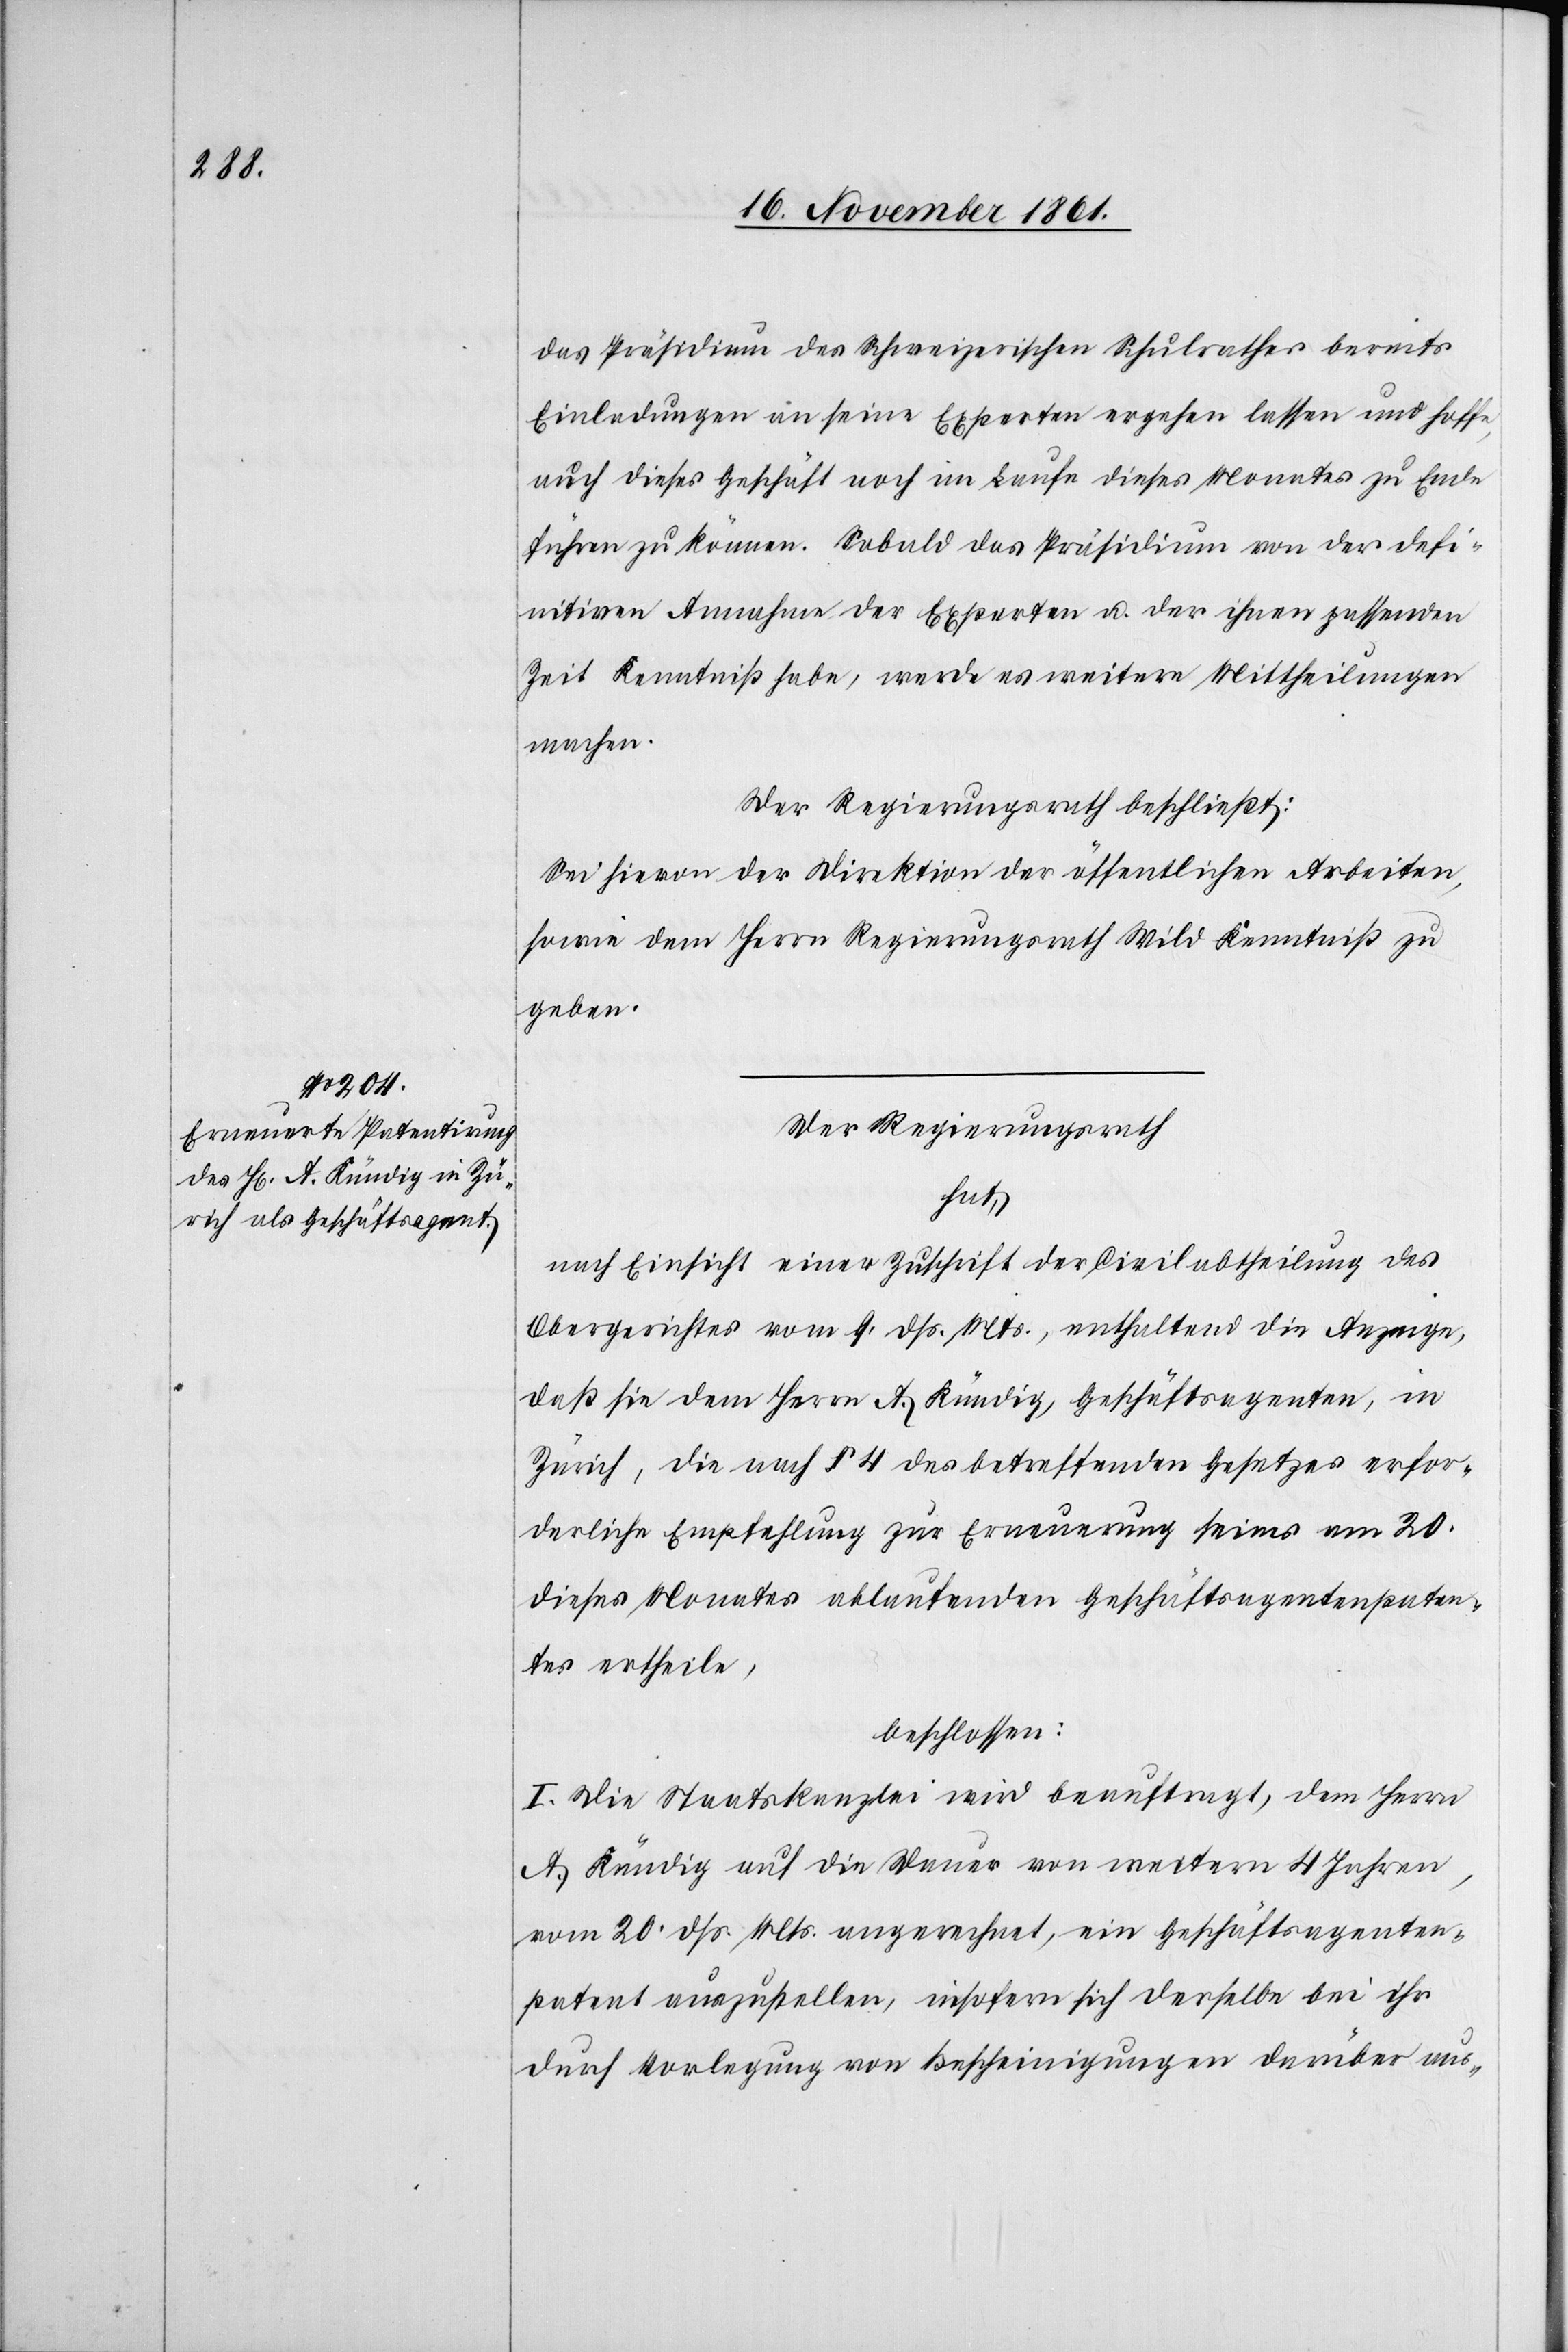
das Präsidium des Schweizerischen Schulrathes bereits
Einladungen an seine Experten ergehen lassen und hoffe,
auch dieses Geschäft noch im Laufe dieses Monates zu Ende
führen zu können. Sobald das Präsidium von der defi¬
nitiven Annahme der Experten u. der ihnen passenden
Zeit Kenntniß habe, werde es weitere Mittheilungen
machen.
Der Regierungsrath beschließt:
Sei hievon der Direktion der öffentlichen Arbeiten,
sowie dem Herrn Regierungsrath Wild Kenntniß zu
geben.
Der Regierungsrath
hat,
nach Einsicht einer Zuschrift der Civilabtheilung des
Obergerichtes vom 9 dß. Mts., enthaltend die Anzeige,
daß sie dem Herrn A. Kündig, Geschäftsagenten, in
Zürich, die nach § 4 des betreffenden Gesetzes erfor¬
derliche Empfehlung zur Erneuerung seines am 20
dieses Monates ablaufenden Geschäftsagentenpaten¬
tes ertheile,
beschlossen:
I. Die Staatskanzlei wird beauftragt, dem Herrn
A. Kündig auf die Dauer von weitern 4 Jahren,
vom 20 dß. Mts. angerechnet, ein Geschäftsagenten¬
patent auszustellen, insofern sich derselbe bei ihr
durch Vorlegung von Bescheinigungen darüber aus-